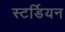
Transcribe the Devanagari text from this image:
स्टर्डियन